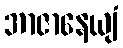
အာဇာနေယျံ